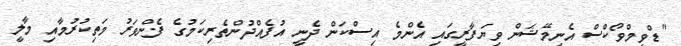
"ޑްވީމްވޯކްސް އެނިމޭޝަން ވިޔަފާރީގައި އެންމެ އިސްކަން ދެނީ އުފެއްދުންތެރިކަމުގެ ފެންވަރު މަތިކުރުމާއި މާލީ